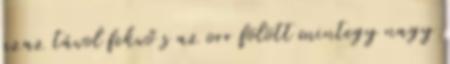
azaz távol fekvő s az orr fölött mintegy nagy